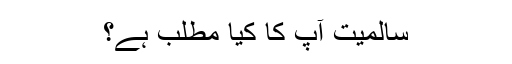
سالمیت آپ کا کیا مطلب ہے؟